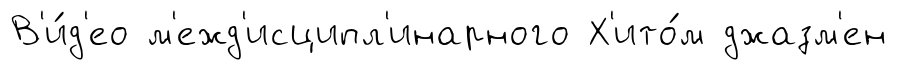
В'и́д'ео м'ежд'исципл'инарного Х'ито́м джазм'ен